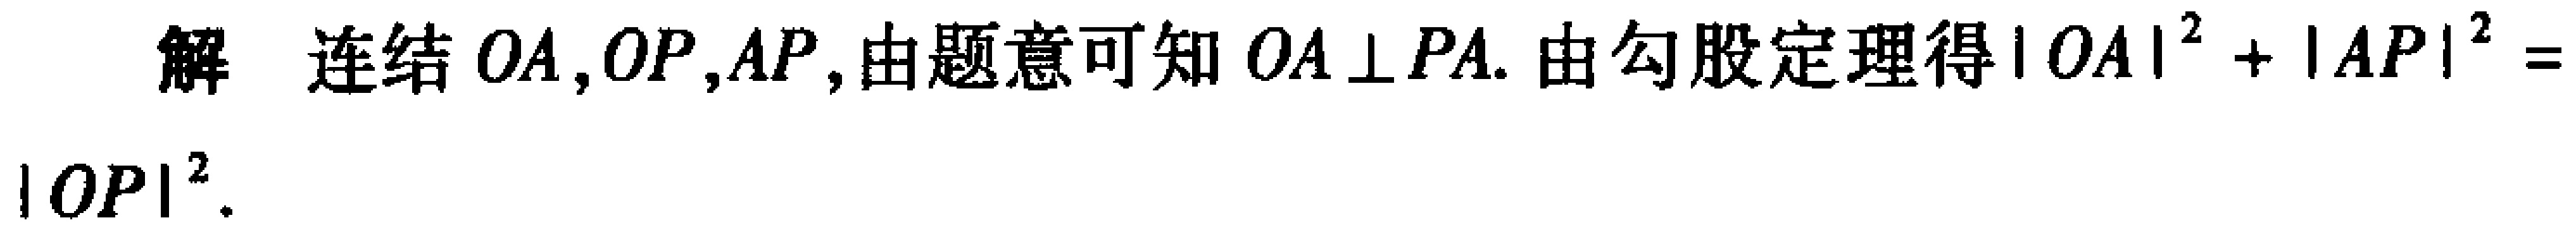
解 连结 \(OA,OP,AP\), 由题意可知 \(OA\perp PA\). 由勾股定理得 \(|OA|^{2}+|AP|^{2}=|OP|^{2}\).